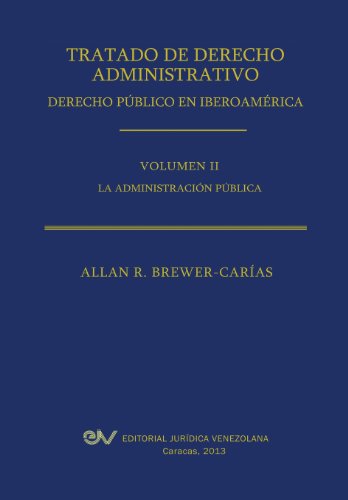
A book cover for Tratado de Derecho Administrativo. Tomo II. La Administracion Publica (Spanish Edition); Allan R. Brewer-Carias; Law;